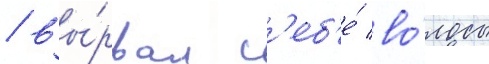
/ вы́рвал с'еб'е́ во́лосы